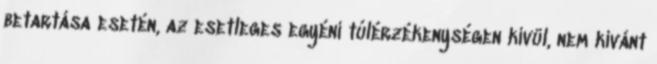
betartása esetén, az esetleges egyéni túlérzékenységen kívül, nem kívánt